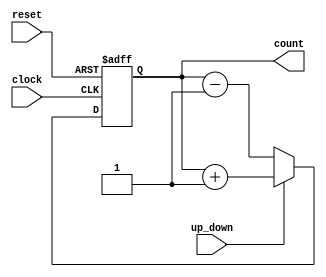
module up_down_counter (
  input wire clock,          // Clock signal
  input wire reset,          // Reset signal
  input wire up_down,        // Up/Down control input (1 for up, 0 for down)
  output wire [3:0] count    // 4-bit counter output
);

  reg [3:0] count; // 4-bit counter

  always @(posedge clock or posedge reset) begin
    if (reset) begin
      count <= 4'b0000; // Reset the counter
    end else if (up_down) begin
      // Increment the counter when up_down is high (up)
      count <= count + 1;
    end else begin
      // Decrement the counter when up_down is low (down)
      count <= count - 1;
    end
  end

endmodule